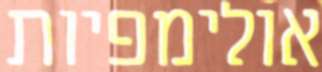
אולימפיות